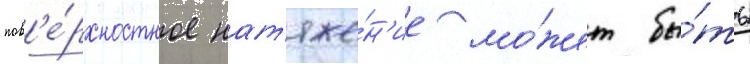
пов'е́рхностное нат'яже́н'ие мо́жет бы́ть